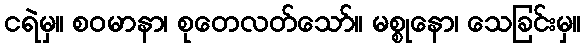
ငရဲမှ။ စဝမာနာ၊ စုတေလတ်သော်။ မစ္စုနော၊ သေခြင်းမှ။